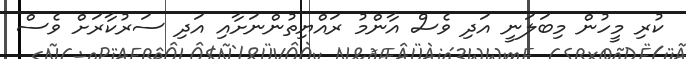
ކުރި މީހުން މިބަލަނީ އަދި ވެސް އާންމު ރައްޔިތުންނަށާއި އަދި ސަރުކާރަށް ވެސް